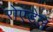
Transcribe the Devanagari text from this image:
रोएडेल